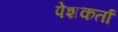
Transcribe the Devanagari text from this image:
पेशकर्ता